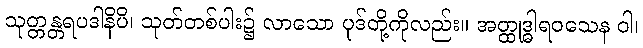
သုတ္တန္တရပဒါနိပိ၊ သုတ်တစ်ပါး၌ လာသော ပုဒ်တို့ကိုလည်း။ အတ္ထုဒ္ဓါရဝသေန ဝါ၊